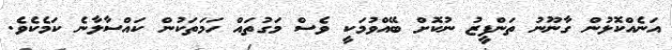
އަނެއްކޮޅުން ގާނޫނު ތަންފީޒު ނުކޮށް ބޭއްވުމަކީ ވެސް މަގުތައް ހަމަތަކުންް ކައްސާލާނެ ކަމެކެވެ.